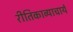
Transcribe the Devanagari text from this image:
रीतिकाव्याचार्य